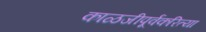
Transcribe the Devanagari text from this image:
काळजीपूर्वकरित्या